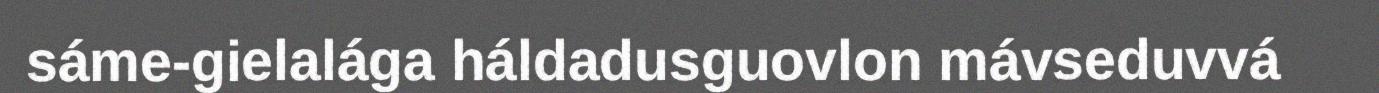
sáme-gielalága háldadusguovlon mávseduvvá